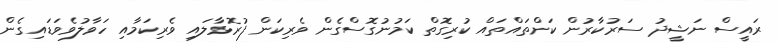
ރައީސް ނަޝީދު ސަރުކާރުން ކަންތައްތައް ކުރިގޮތް ކަމުނުގޮސްގެން ވެރިކަން ފުރޮޅާލައި ވެރިކަމާއި ހަވާލުވެވަޑައިގެން